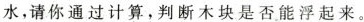
水，请你通过计算，判断木块是否能浮起来。